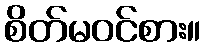
စိတ်မဝင်စား။